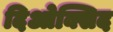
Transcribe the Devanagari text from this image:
दिओक्सिद